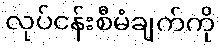
လုပ်ငန်းစီမံချက်ကို